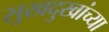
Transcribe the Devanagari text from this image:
सुखदुखांच्या